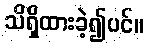
သိရှိထားခဲ့၍ပင်။